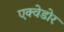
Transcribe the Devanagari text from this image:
एक्वेडोर